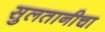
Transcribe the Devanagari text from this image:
सुलतानीचा